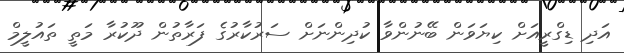
އަދި ޑިގްރީއަށް ކިޔަވަން ބޭނުންވާ ކުދިންނަށް ސަރުކާރުގެ ފަރާތުން ދޫކުރާ މަތީ ތައުލީމް